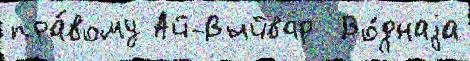
пра́вому Ай-Выйвар  Во́днаjа